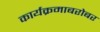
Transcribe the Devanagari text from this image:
कार्यक्रमाबरोबर